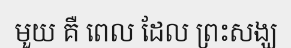
មួយ គឺ ពេល ដែល ព្រះសង្ឃ